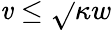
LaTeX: \mathit{v}\le\sqrt{}{{\kappa}}w